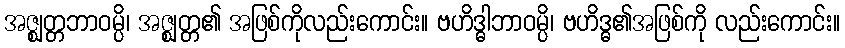
အဇ္ဈတ္တဘာဝမ္ပိ၊ အဇ္ဈတ္တ၏ အဖြစ်ကိုလည်းကောင်း။ ဗဟိဒ္ဓါဘာဝမ္ပိ၊ ဗဟိဒ္ဓ၏အဖြစ်ကို လည်းကောင်း။